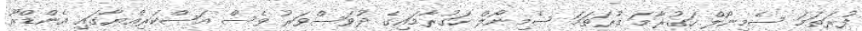
ފުރަތަމަ ސެމިނޯލް ހަގުރާމަ ފުރަތަމަ ސެމިނޯލް ހަގުރާމައިގެ ދުވަސްވަރު ވެސް އަސްކަރިއްޔާގައި އެންޑްރޫ